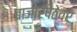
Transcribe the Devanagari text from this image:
बाजारपेठेवर